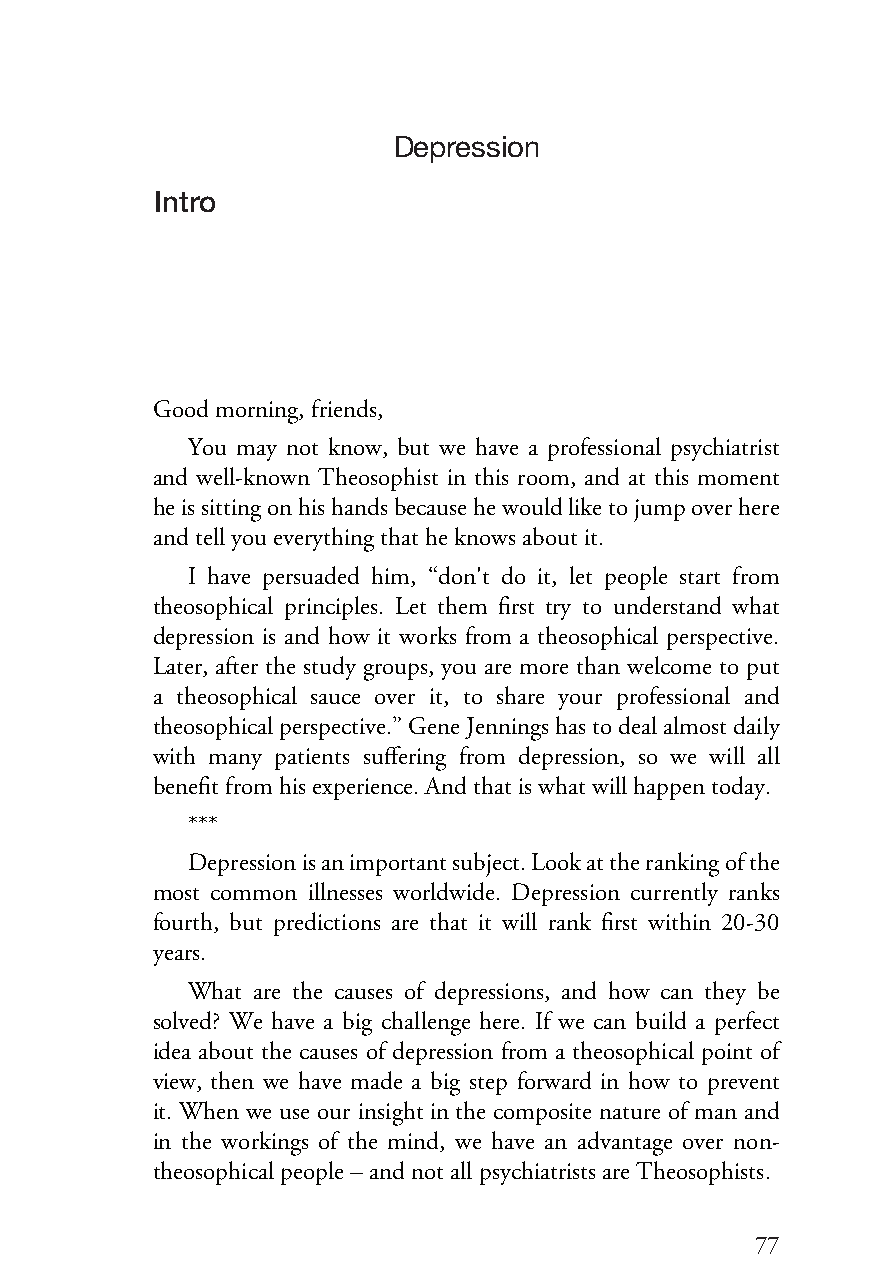
DEPRESSION
 Depression
 Intro
 Goodmorning,friends,
 You may not know, but we have a professional psychiatrist
 and well-known Theosophist in this room, and at this moment
 heissittingonhishandsbecausehewouldliketojumpoverhere
 andtellyoueverythingthatheknows aboutit.
 I have persuaded him, “don't do it, let people start from
 theosophical principles. Let them first try to understand what
 depression is and how it works from a theosophical perspective.
 Later, after the study groups, you are more than welcome to put
 a theosophical sauce over it, to share your professional and
 theosophicalperspective.”GeneJenningshastodealalmostdaily
 with many patients suffering from depression, so we will all
 benefitfromhis experience.Andthat iswhatwillhappentoday.
 ***
 Depressionisanimportantsubject.Lookattherankingofthe
 most common illnesses worldwide. Depression currently ranks
 fourth, but predictions are that it will rank first within 20-30
 years.
 What are the causes of depressions, and how can they be
 solved? We have a big challenge here. If we can build a perfect
 idea about the causes of depression from a theosophical point of
 view, then we have made a big step forward in how to prevent
 it. When we use our insight in the composite nature of man and
 in the workings of the mind, we have an advantage over non-
 theosophicalpeople–andnotallpsychiatrists areTheosophists.
 7777